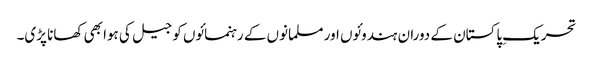
تحریکِ پاکستان کے دوران ہندوئوں اور مسلمانوں کے رہنمائوں کو جیل کی ہوا بھی کھانا پڑی۔